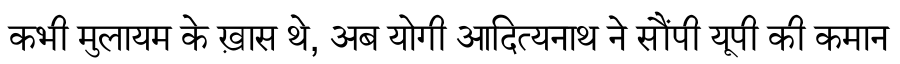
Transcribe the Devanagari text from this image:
कभी मुलायम के ख़ास थे, अब योगी आदित्यनाथ ने सौंपी यूपी की कमान